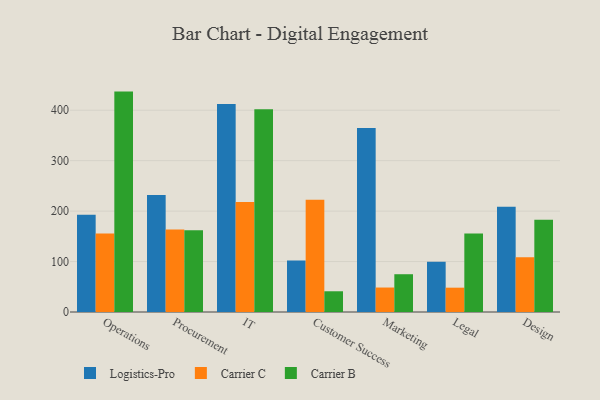
{"axis": {"x": "Department", "y": "Bounce Rate (%)"}, "legend": ["Carrier B", "Carrier C", "Logistics-Pro"], "data": [{"x": "Operations", "y": 192.9, "type": "Logistics-Pro"}, {"x": "Operations", "y": 155.7, "type": "Carrier C"}, {"x": "Operations", "y": 436.9, "type": "Carrier B"}, {"x": "Procurement", "y": 232.0, "type": "Logistics-Pro"}, {"x": "Procurement", "y": 163.3, "type": "Carrier C"}, {"x": "Procurement", "y": 162.3, "type": "Carrier B"}, {"x": "IT", "y": 412.5, "type": "Logistics-Pro"}, {"x": "IT", "y": 218.3, "type": "Carrier C"}, {"x": "IT", "y": 402.0, "type": "Carrier B"}, {"x": "Customer Success", "y": 101.9, "type": "Logistics-Pro"}, {"x": "Customer Success", "y": 222.4, "type": "Carrier C"}, {"x": "Customer Success", "y": 41.1, "type": "Carrier B"}, {"x": "Marketing", "y": 364.5, "type": "Logistics-Pro"}, {"x": "Marketing", "y": 48.5, "type": "Carrier C"}, {"x": "Marketing", "y": 74.9, "type": "Carrier B"}, {"x": "Legal", "y": 99.6, "type": "Logistics-Pro"}, {"x": "Legal", "y": 48.2, "type": "Carrier C"}, {"x": "Legal", "y": 155.6, "type": "Carrier B"}, {"x": "Design", "y": 208.8, "type": "Logistics-Pro"}, {"x": "Design", "y": 108.5, "type": "Carrier C"}, {"x": "Design", "y": 182.8, "type": "Carrier B"}]}